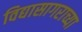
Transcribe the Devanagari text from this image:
विद्यासागराच्या